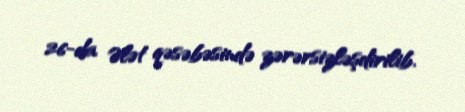
26-da Ələt qəsəbəsində zərərsizləşdirilib.